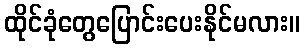
ထိုင်ခုံတွေပြောင်းပေးနိုင်မလား။